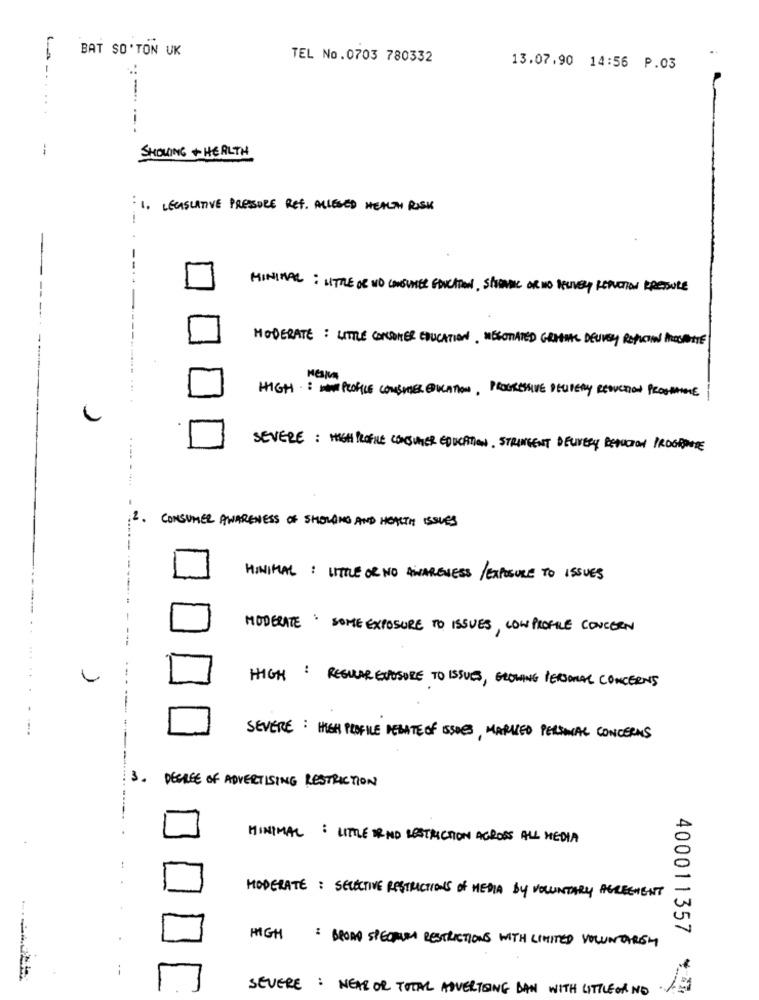
BAT SO'TON UK
TEL No.0703 780332
13.07.90 14:56 P.03
..
:
SHOWING +HEALTH
1. LECASLATIVE PRESSORE REF. ALLEGED HEALTH RISK
-
..
MINIMAL : LITTLE OR NO CONSUMER EDUCATION, SPORADIC OR NO DELIVERY REDUCTION PRESSURE
MODERATE: LITTLE CONCOMER EDUCATION. NEGOTIATED GRACIAS DELIVERY REPITAN INSCRITE
HIGHWAYPROFILE COMSUMMER EDUCATION, PROGRESSIVE DELITERY REDUCTION PROCHAINE
SEVERE : HIGH PROFILE CONSUMER EDUCATION. STRINGENT DELIVERY REDUCTION PROGRAME
.--- - -..
:2.
CONSUMER AWARENESS OF SHOWING AND HEALTH ISSUES
MINIMAL : LITTLE OR NO AWARENESS /EXPOSURE TO ISSUES
MODERATE : SOME EXPOSURE TO ISSUES, LOWPROFILE CONCERN
---
T
.....
HIGH : REGULAR EXPOSURE TO ISSUES, GROWING PERSONAL CONCERNS
---
---
SEVERE: HIGH PROFILE DEBATE OF ISSUES, MARKED PERSONAL CONCERNS
---
3. DEGREE OF ADVERTISING RESTRICTION
MINIMAL : LITTLE ORNO RESTRICTION AGROSS ALL MEDIA
MODERATE : SELECTIVE RESTRICTIONS of MEDIA BY VOLUNTARY PEREGMENT
HIGH : BROAD SPECTRUM RESTRICTIONS WITH LIMITED VOLUNDAREY
SEVERE : NEAR OR TOTAL ADVERTISING BAN WITH LITTLEOR NO
400011357 *